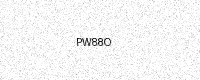
Text: PW88O